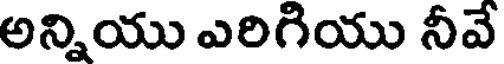
అన్నియు ఎరిగియు నీవే